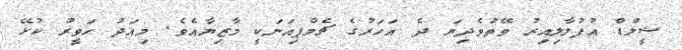
ޝީލްޑް އުފުލާލިއިރު ވޭތުވެދިޔަ ދެ އަހަރުގެ ޗެމްޕިއަނަކީ މާޒިޔާއެވެ. މިއަދު ހަވީރު ކުޅޭ